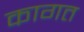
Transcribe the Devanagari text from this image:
कागत